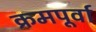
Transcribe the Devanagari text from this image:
क्रमपूर्वा